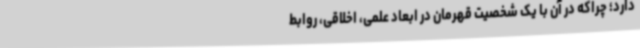
دارد؛ چراکه در آن با یک شخصیت قهرمان در ابعاد علمی، اخلاقی، روابط